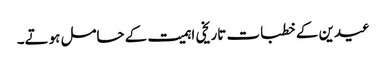
عیدین کے خطبات تاریخی اہمیت کے حامل ہوتے۔